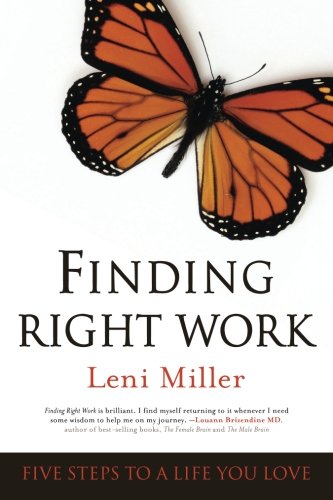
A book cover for Finding Right Work: Five Steps to a Life You Love; Leni Miller; Business & Money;